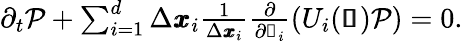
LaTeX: \begin{array}{r}{\partial_{t}\mathcal{P}+\sum_{i=1}^{d}\Delta\pmb{x}_{i}\frac{1}{\Delta\pmb{x}_{i}}\frac{\partial}{\partial\mathscr{s}_{i}}\left(U_{i}(\pmb{\mathscr{s}})\mathcal{P}\right)=0.}\end{array}